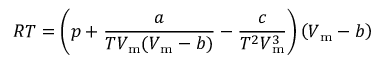
R T = \left( p + { \frac { a } { T V _ { \mathrm { m } } ( V _ { \mathrm { m } } - b ) } } - { \frac { c } { T ^ { 2 } V _ { \mathrm { m } } ^ { 3 } } } \right) \left( V _ { \mathrm { m } } - b \right)